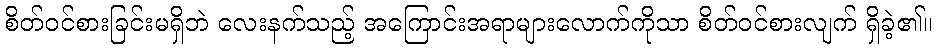
စိတ်ဝင်စားခြင်းမရှိဘဲ လေးနက်သည့် အကြောင်းအရာများလောက်ကိုသာ စိတ်ဝင်စားလျက် ရှိခဲ့၏။